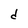
Character: d